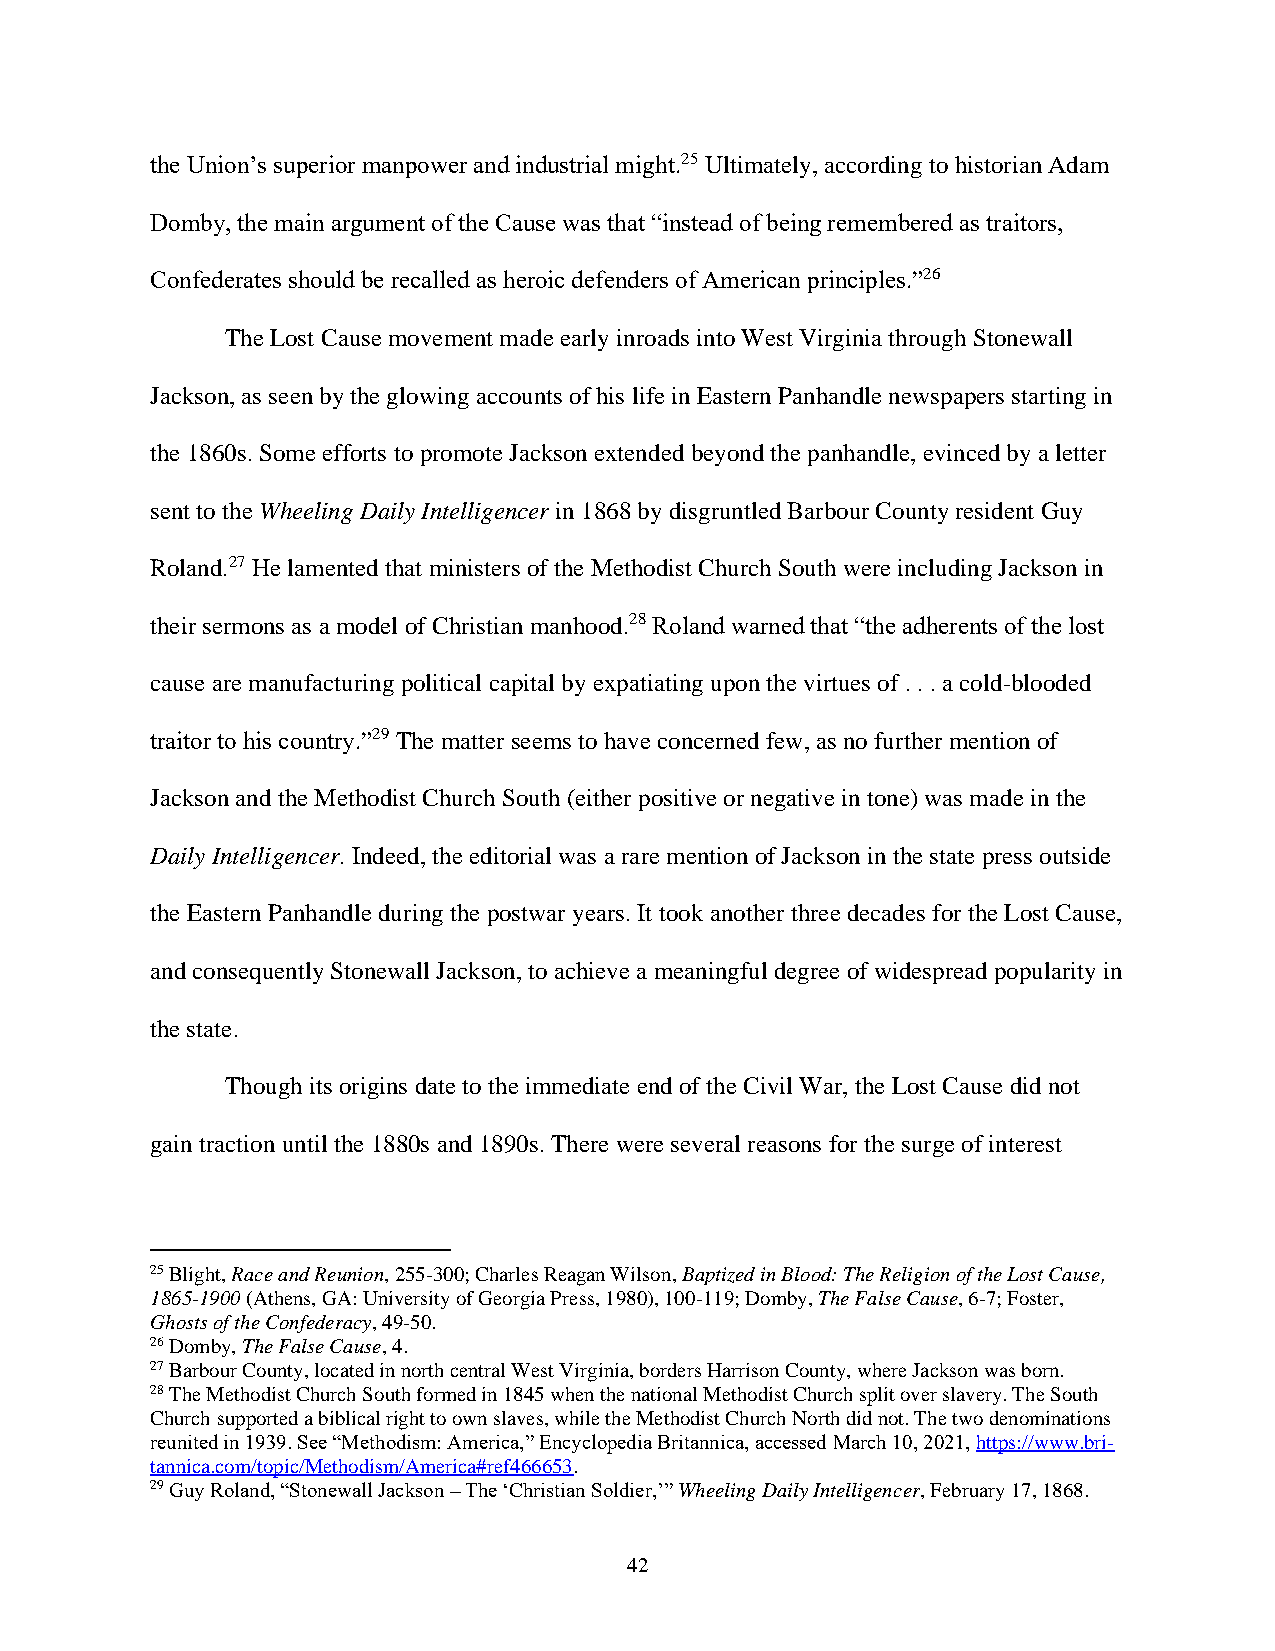
the Union’s superior manpower and industrial might.25 Ultimately, according to historian Adam
 Domby, the main argument of the Cause was that “instead of being remembered as traitors,
 Confederates should be recalled as heroic defenders of American principles.”26
 The Lost Cause movement made early inroads into West Virginia through Stonewall
 Jackson, as seen by the glowing accounts of his life in Eastern Panhandle newspapers starting in
 the 1860s. Some efforts to promote Jackson extended beyond the panhandle, evinced by a letter
 sent to the Wheeling Daily Intelligencer in 1868 by disgruntled Barbour County resident Guy
 Roland.27 He lamented that ministers of the Methodist Church South were including Jackson in
 their sermons as a model of Christian manhood.28 Roland warned that “the adherents of the lost
 cause are manufacturing political capital by expatiating upon the virtues of . . . a cold-blooded
 traitor to his country.”29 The matter seems to have concerned few, as no further mention of
 Jackson and the Methodist Church South (either positive or negative in tone) was made in the
 Daily Intelligencer. Indeed, the editorial was a rare mention of Jackson in the state press outside
 the Eastern Panhandle during the postwar years. It took another three decades for the Lost Cause,
 and consequently Stonewall Jackson, to achieve a meaningful degree of widespread popularity in
 the state.
 Though its origins date to the immediate end of the Civil War, the Lost Cause did not
 gain traction until the 1880s and 1890s. There were several reasons for the surge of interest
 25 Blight, Race and Reunion, 255-300; Charles Reagan Wilson, Baptized in Blood: The Religion of the Lost Cause,
 1865-1900 (Athens, GA: University of Georgia Press, 1980), 100-119; Domby, The False Cause, 6-7; Foster,
 Ghosts of the Confederacy, 49-50.
 26 Domby, The False Cause, 4.
 27 Barbour County, located in north central West Virginia, borders Harrison County, where Jackson was born.
 28 The Methodist Church South formed in 1845 when the national Methodist Church split over slavery. The South
 Church supported a biblical right to own slaves, while the Methodist Church North did not. The two denominations
 reunited in 1939. See “Methodism: America,” Encyclopedia Britannica, accessed March 10, 2021, https://www.bri-
 tannica.com/topic/Methodism/America#ref466653.
 29 Guy Roland, “Stonewall Jackson – The ‘Christian Soldier,’” Wheeling Daily Intelligencer, February 17, 1868.
 42